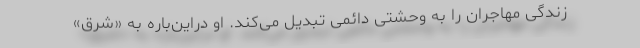
زندگی مهاجران را به وحشتی دائمی تبدیل می‌کند. او دراین‌باره به «شرق»